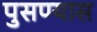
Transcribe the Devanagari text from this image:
पुसण्यास